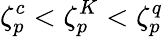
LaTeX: \zeta_{p}^{c}<\zeta_{p}^{K}<\zeta_{p}^{q}